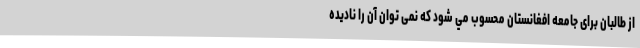
از طالبان برای جامعه افغانستان محسوب مي شود که نمی توان آن را نادیده